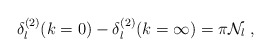
\begin{align*}\delta^{(2)}_{l}(k=0) -\delta^{(2)}_{l}(k=\infty) = \pi {\mathcal N}_{l}\; ,\end{align*}